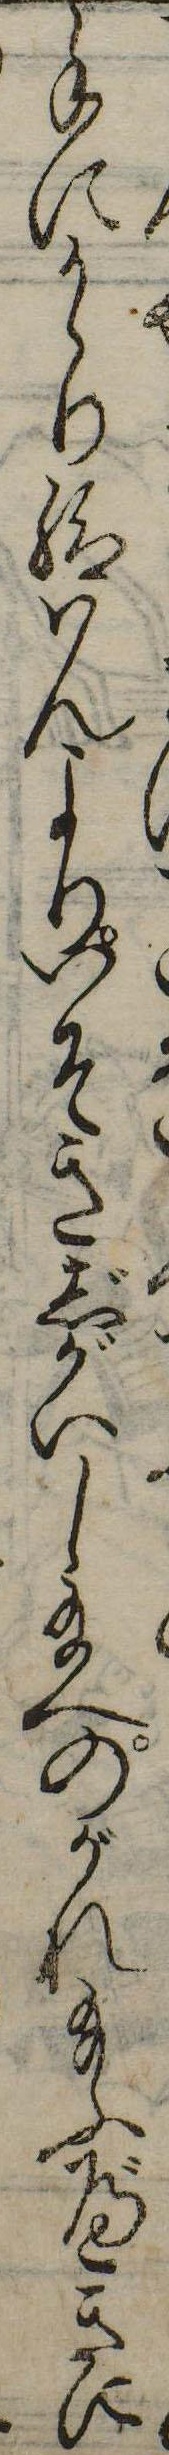
手にかゝり給はんよりいそきじがいし給へのがれ給ふべきに